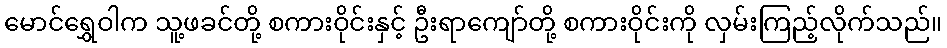
မောင်ရွှေဝါက သူ့ဖခင်တို့ စကားဝိုင်းနှင့် ဦးရာကျော်တို့ စကားဝိုင်းကို လှမ်းကြည့်လိုက်သည်။